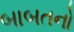
બાબતનો